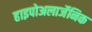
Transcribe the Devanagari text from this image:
हाइपोअलार्जेनिक